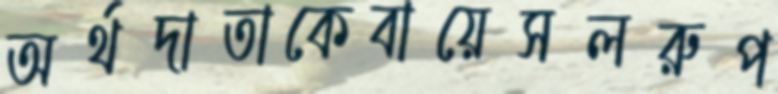
অর্থদাতাকেবায়েসলরুপ